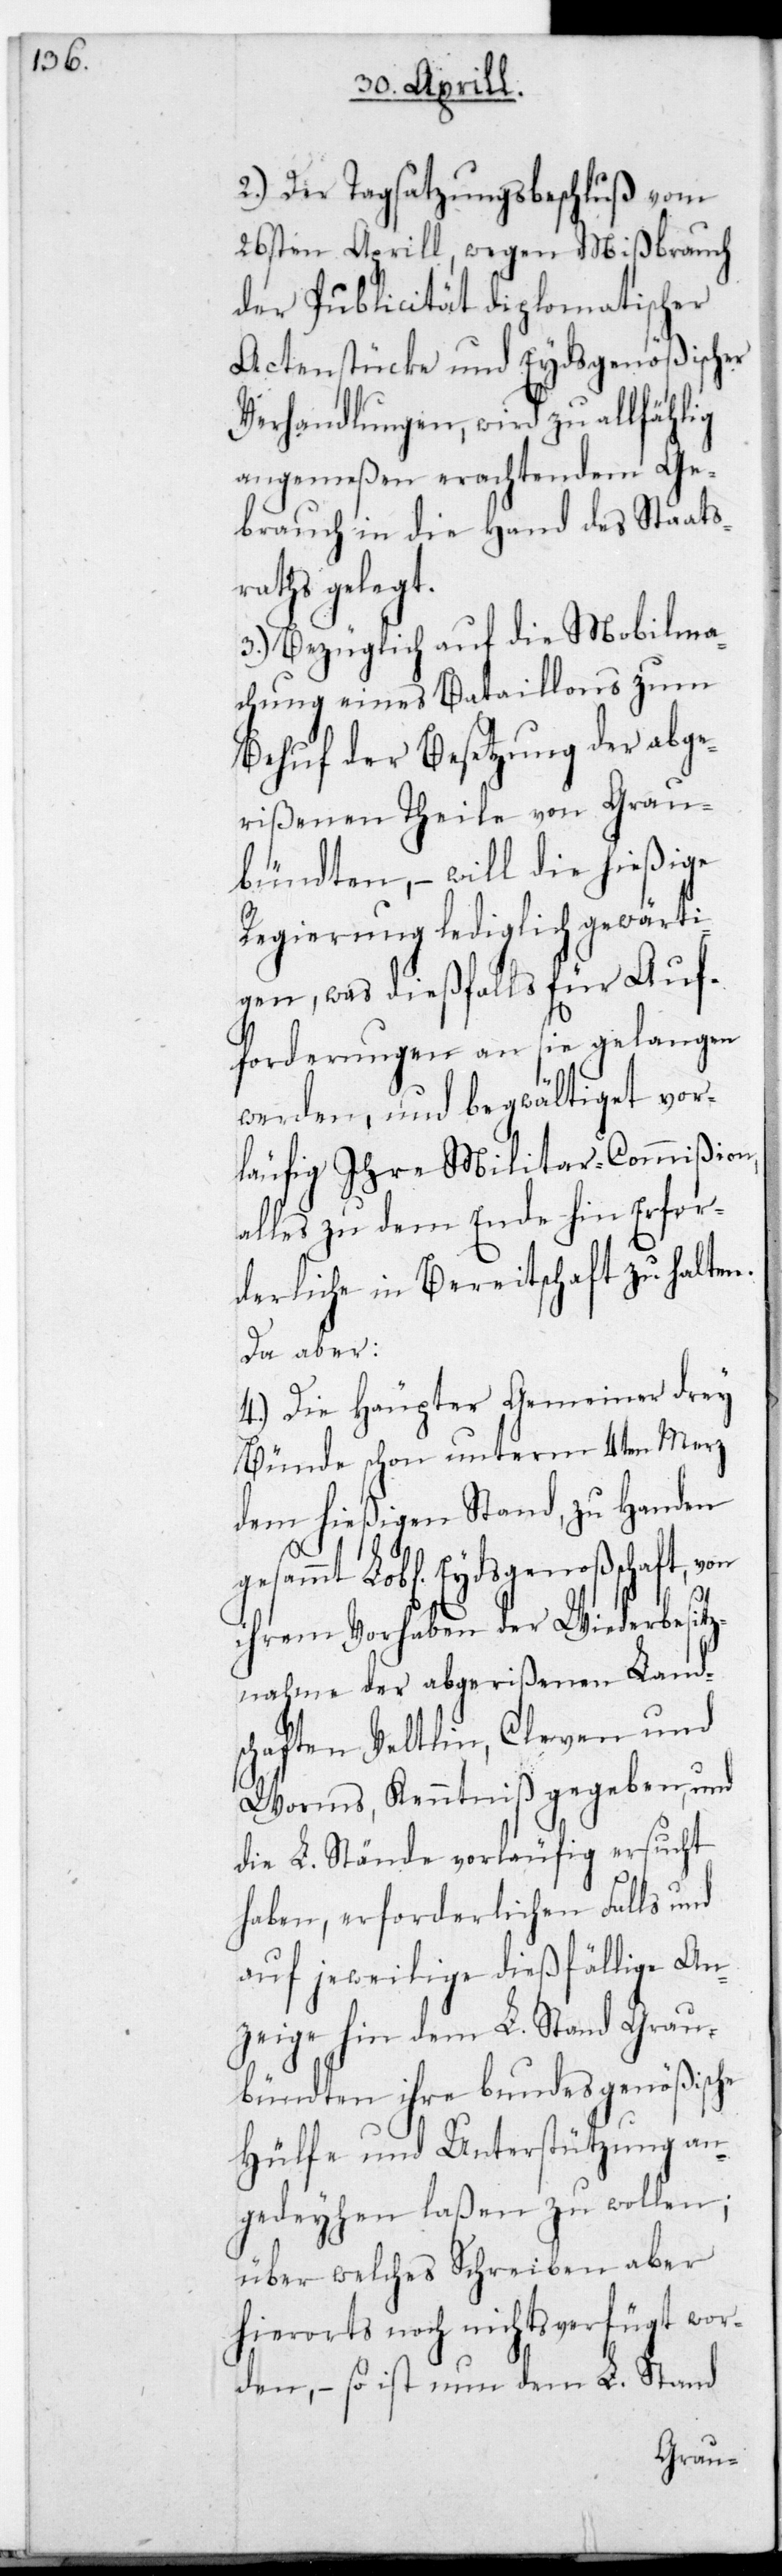
2.) Der Tagsatzungsbeschluß vom
26sten Aprill, wegen Mißbrauch
der Publicität diplomatischer
Actenstücke und Eydsgenößischer
Verhandlungen, wird zu allfählig
angemeßen erachtendem Ge¬
brauch in die Hand des Staats¬
raths gelegt.
3.) Bezüglich auf die Mobilma¬
chung eines Bataillons zum
Behuf der Besetzung der abge¬
rißenen Theile von Grau¬
bündten, – will die hießige
Regierung lediglich gewärti¬
gen, was dießfalls für Auf¬
forderungen an sie gelangen
werden, und begwältiget vor¬
läufig ihre Militar-Commißion,
alles zu dem Ende hin Erfor¬
derliche in Bereitschaft zu halten.
Da aber
4.) Die Häupter Gemeiner drey
Bünde schon unterm 4ten Merz
dem hießigen Stand zu Handen
gesammt L. Eydsgenoßenschaft, von
ihrem Vorhaben der Wiederbesitz¬
nahme der abgerißenen Land¬
schaften Veltlin, Cleven und
Worms, Kenntniß gegeben, und
die L. Stände vorläufig ersucht
haben, erforderlichen Falls und
auf jeweilige dießfällige An¬
zeige hin dem L. Stand Grau¬
bündten ihre bundesgenößische
Hülfe und Unterstützung an¬
gedeihen laßen zu wollen;
über welches Schreiben aber
hierorts noch nichts verfügt wor¬
den, – so ist nun dem L. Stand